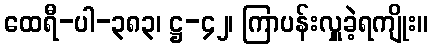
ထေရီ-ပါ-၃၈၃၊ ဋ္ဌ-၄၂၊ ကြာပန်းလှူခဲ့ရကျိုး။